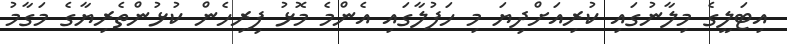
އިޓަލީގެ މިލާނުގައި ކުރިއަށްދިޔަ މި ހަފުލާގައި އެންމެ މޮޅު ފިރިހެން ކުޅުންތެރިޔާގެ މަގާމު